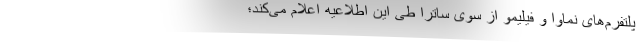
پلتفرم‌های نماوا و فیلیمو از سوی ساترا طی این اطلاعیه اعلام می‌کند؛